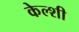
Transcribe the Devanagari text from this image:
केल्शी